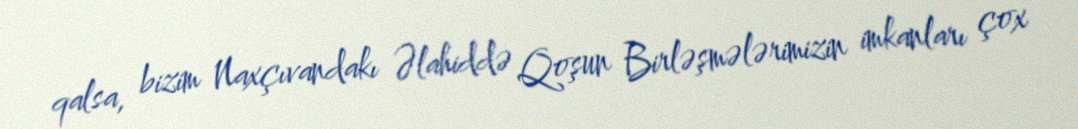
qalsa, bizim Naxçıvandakı Əlahiddə Qoşun Birləşmələrimizin imkanları çox